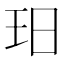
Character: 𱮳